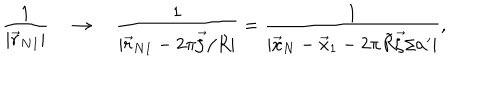
\frac { 1 } { | \vec { r } _ { N 1 } | } \quad \rightarrow \quad \frac { 1 } { | \vec { r } _ { N 1 } - 2 \pi \vec { \zeta } / R | } = \frac { 1 } { | \vec { x } _ { N } - \vec { x } _ { 1 } - 2 \pi \tilde { R } \vec { \zeta } / \alpha ^ { \prime } | } ,